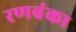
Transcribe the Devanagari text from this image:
रणबंका